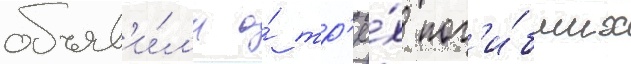
объяв'и́л'и о́ тр'ё́х пог'и́бших